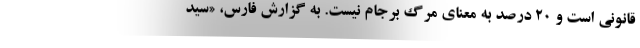
قانونی است و ۲۰ درصد به معنای مرگ برجام نیست. به گزارش فارس، «سید